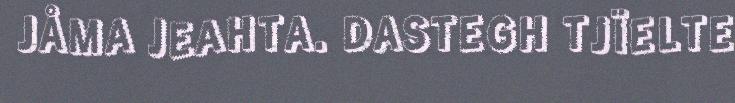
JÅMA JEAHTA. DASTEGH TJÏELTE